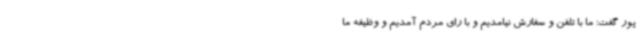
پور گفت: ما با تلفن و سفارش نیامدیم و با رای مردم آمدیم و وظیفه ما